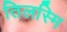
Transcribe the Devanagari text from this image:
तिलस्मि